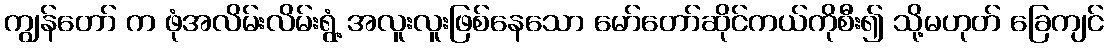
ကျွန်တော် က ဖုံအလိမ်းလိမ်းရွံ့ အလူးလူးဖြစ်နေသော မော်တော်ဆိုင်ကယ်ကိုစီး၍ သို့မဟုတ် ခြေကျင်